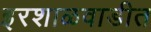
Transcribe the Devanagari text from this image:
इरशाळवाडीत